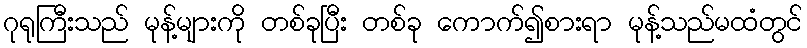
ဂုရုကြီးသည် မုန့်များကို တစ်ခုပြီး တစ်ခု ကောက်၍စားရာ မုန့်သည်မထံတွင်